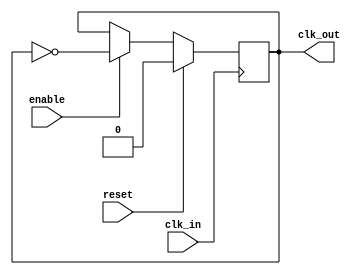

module div_two_clk(clk_in, enable, reset, clk_out);

	input clk_in, enable, reset;
	output clk_out;
	
	wire clk_in, enable;
	
	reg clk_out;
	
	always @(posedge clk_in)
	if (reset)
		clk_out <= 1'b0;
	else if (enable)
		clk_out <= !clk_out;
	//	use <= means assign after this block
	//	= means immidiate assign 
	
endmodule